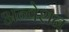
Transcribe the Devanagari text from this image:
अन्वेशन